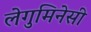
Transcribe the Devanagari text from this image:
लेगुमिनेसी